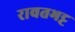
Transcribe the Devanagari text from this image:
रावतभट्ट